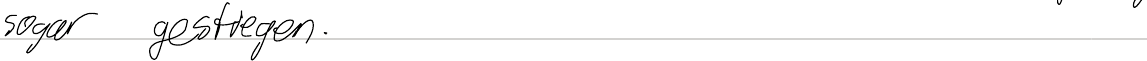
sogar gestiegen.